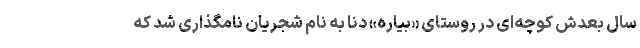
سال بعدش کوچه‌ای در روستای «بیاره» دنا به نام شجریان نامگذاری شد که